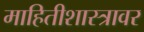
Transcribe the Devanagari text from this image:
माहितीशास्त्रावर